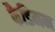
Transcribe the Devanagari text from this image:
फैडिमन